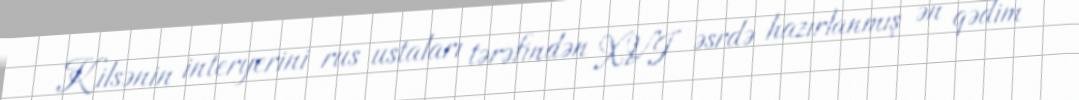
Kilsənin interyerini rus ustaları tərəfindən XVI əsrdə hazırlanmış ən qədim